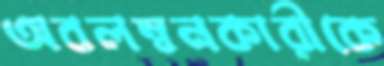
অবলম্বনকারীকে